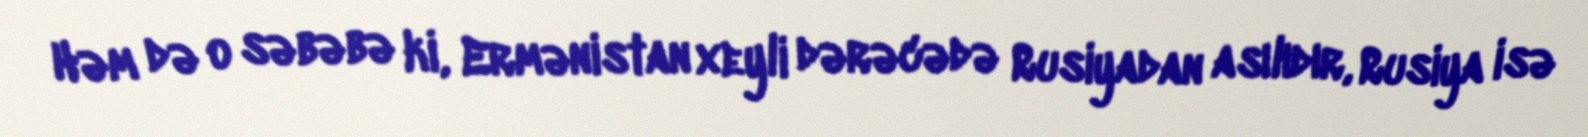
Həm də o səbəbə ki, Ermənistan xeyli dərəcədə Rusiyadan asılıdır, Rusiya isə